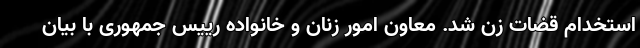
استخدام قضات زن شد. معاون امور زنان و خانواده رییس جمهوری با بیان